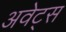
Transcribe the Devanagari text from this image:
अवेट्स